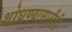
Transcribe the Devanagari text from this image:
शोधण्यासाठीही